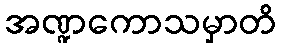
အဏ္ဍကောသမှာတိ